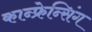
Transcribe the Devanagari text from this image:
कान्फ्रेन्सिंग